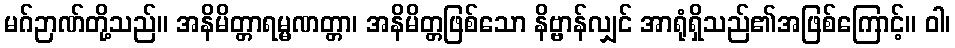
မဂ်ဉာဏ်တို့သည်။ အနိမိတ္တာရမ္မဏတ္တာ၊ အနိမိတ္တဖြစ်သော နိဗ္ဗာန်လျှင် အာရုံရှိသည်၏အဖြစ်ကြောင့်။ ဝါ၊